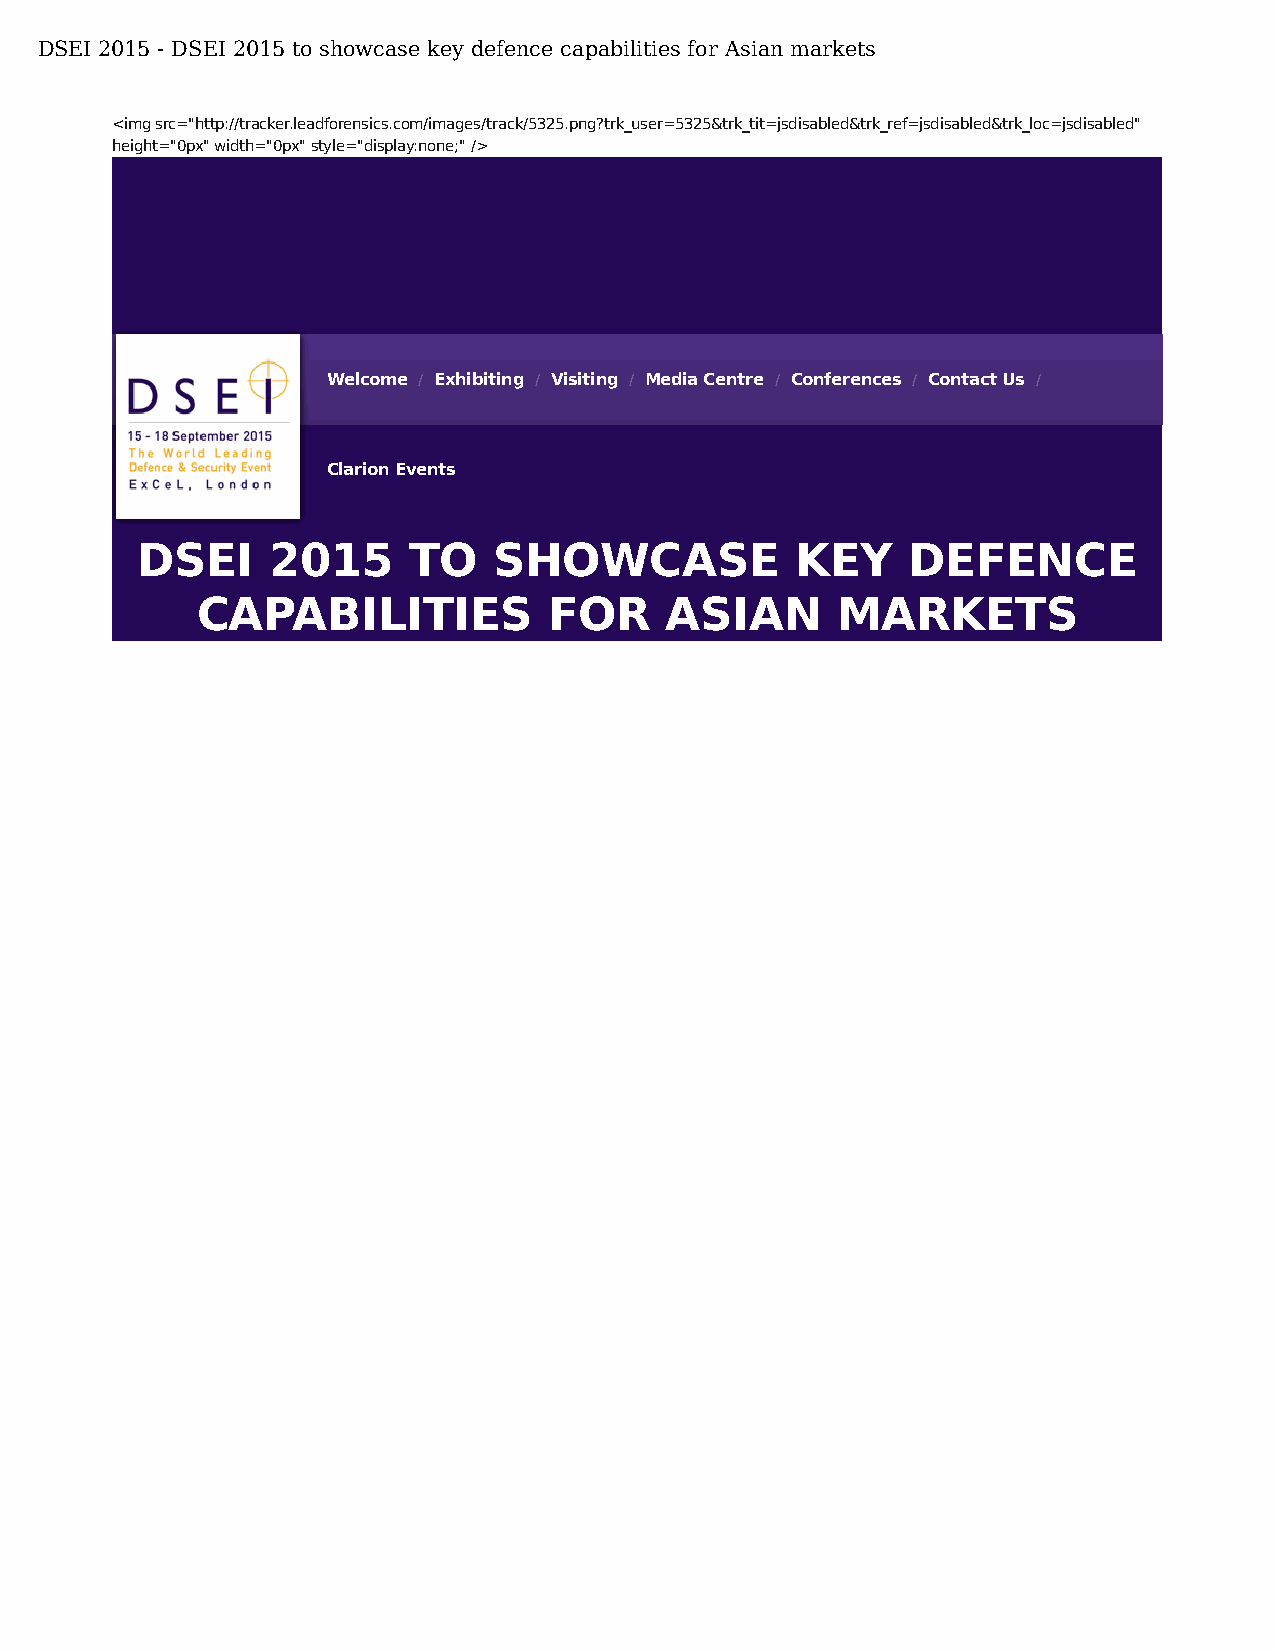
DSEI 2015 - DSEI 2015 to showcase key defence capabilities for Asian markets
 <img src="http://tracker.leadforensics.com/images/track/5325.png?trk_user=5325&trk_tit=jsdisabled&trk_ref=jsdisabled&trk_loc=jsdisabled"
 height="0px" width="0px" style="display:none;" />
 Welcome / Exhibiting / Visiting / Media Centre / Conferences / Contact Us /
 Loading...
 Clarion Events
 DSEI     2015     TO    SHOWCASE            KEY    DEFENCE
 CAPABILITIES           FOR     ASIAN      MARKETS